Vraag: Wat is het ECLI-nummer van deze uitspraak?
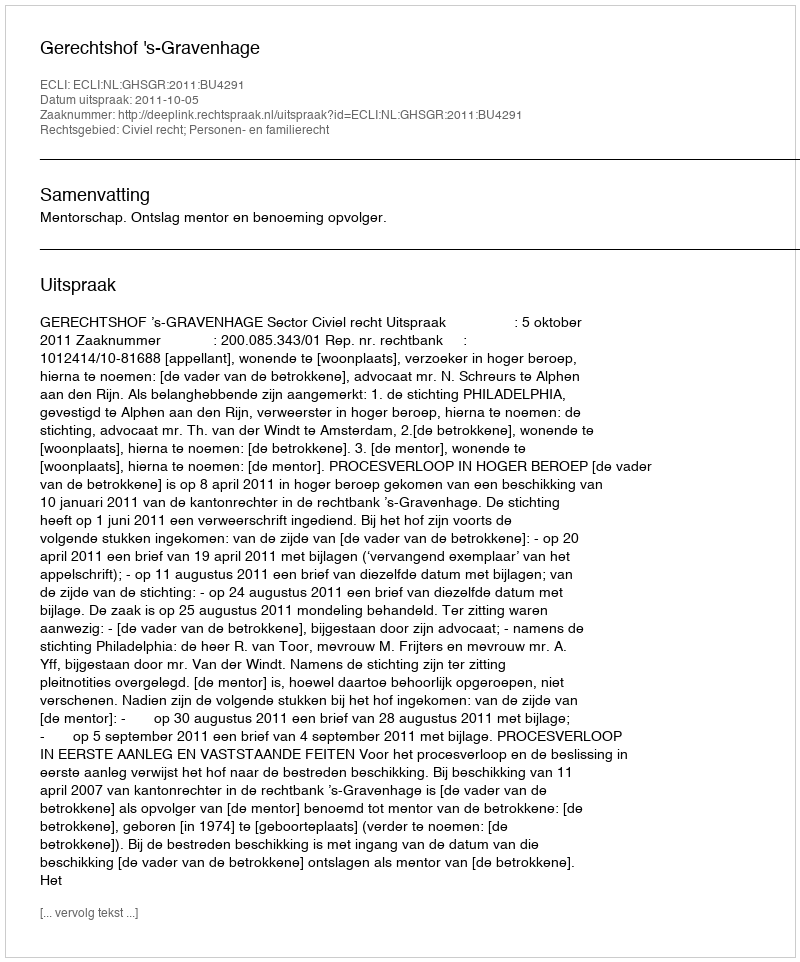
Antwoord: ECLI:NL:GHSGR:2011:BU4291